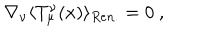
LaTeX: \nabla _ { \nu } \langle T _ { \mu } ^ { \nu } ( x ) \rangle _ { R e n . } = 0 \ ,